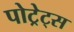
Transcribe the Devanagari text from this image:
पोट्रेट्स